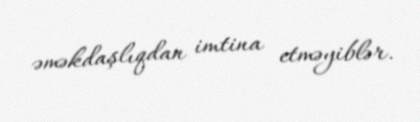
əməkdaşlıqdan imtina etməyiblər.